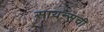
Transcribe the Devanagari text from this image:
सायन्सची